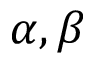
\alpha , \beta